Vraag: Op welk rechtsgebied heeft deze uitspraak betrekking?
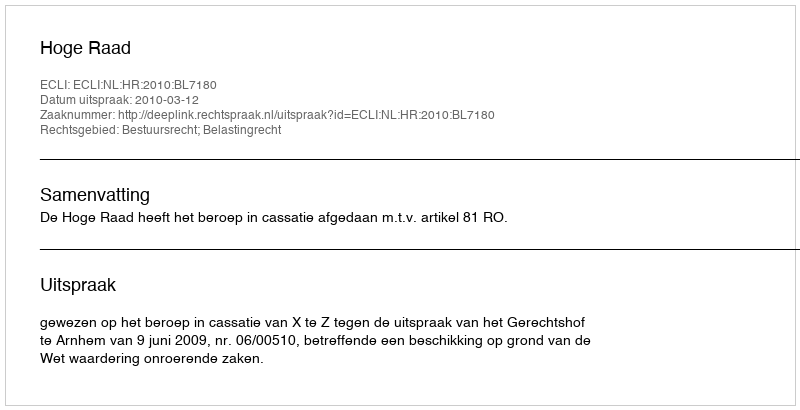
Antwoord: Bestuursrecht; Belastingrecht